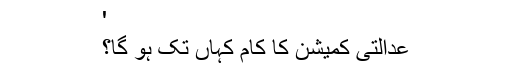
'
عدالتی کمیشن کا کام کہاں تک ہو گا؟